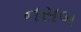
નસબ